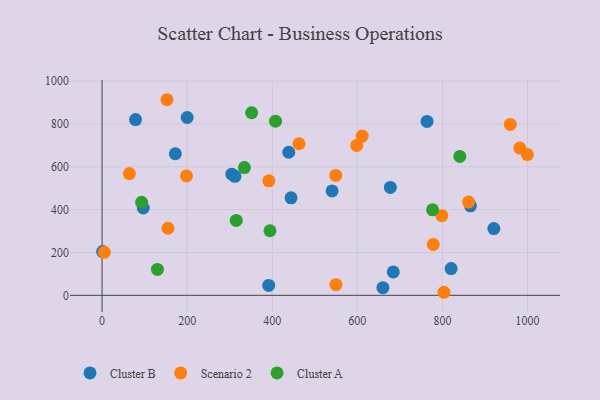
{"axis": {"x": "Distance", "y": "Yield"}, "legend": ["Cluster A", "Cluster B", "Scenario 2"], "data": [{"x": "684.5", "y": 109.2, "type": "Cluster B"}, {"x": "312.4", "y": 555.4, "type": "Cluster B"}, {"x": "96.8", "y": 407.6, "type": "Cluster B"}, {"x": "920.9", "y": 311.7, "type": "Cluster B"}, {"x": "172.2", "y": 660.8, "type": "Cluster B"}, {"x": "200.0", "y": 830.1, "type": "Cluster B"}, {"x": "444.2", "y": 455.3, "type": "Cluster B"}, {"x": "677.6", "y": 503.5, "type": "Cluster B"}, {"x": "438.8", "y": 667.9, "type": "Cluster B"}, {"x": "540.7", "y": 487.4, "type": "Cluster B"}, {"x": "1.3", "y": 204.3, "type": "Cluster B"}, {"x": "305.0", "y": 565.5, "type": "Cluster B"}, {"x": "865.9", "y": 417.8, "type": "Cluster B"}, {"x": "78.7", "y": 820.5, "type": "Cluster B"}, {"x": "391.7", "y": 46.1, "type": "Cluster B"}, {"x": "660.1", "y": 35.6, "type": "Cluster B"}, {"x": "820.4", "y": 124.8, "type": "Cluster B"}, {"x": "763.9", "y": 811.6, "type": "Cluster B"}, {"x": "154.8", "y": 313.1, "type": "Scenario 2"}, {"x": "611.4", "y": 743.4, "type": "Scenario 2"}, {"x": "198.5", "y": 557.5, "type": "Scenario 2"}, {"x": "549.8", "y": 49.6, "type": "Scenario 2"}, {"x": "598.6", "y": 699.8, "type": "Scenario 2"}, {"x": "462.9", "y": 707.8, "type": "Scenario 2"}, {"x": "798.6", "y": 371.9, "type": "Scenario 2"}, {"x": "778.5", "y": 237.1, "type": "Scenario 2"}, {"x": "549.2", "y": 559.8, "type": "Scenario 2"}, {"x": "5.3", "y": 200.9, "type": "Scenario 2"}, {"x": "392.0", "y": 534.4, "type": "Scenario 2"}, {"x": "64.2", "y": 568.5, "type": "Scenario 2"}, {"x": "981.9", "y": 687.3, "type": "Scenario 2"}, {"x": "959.5", "y": 797.6, "type": "Scenario 2"}, {"x": "999.7", "y": 656.8, "type": "Scenario 2"}, {"x": "803.6", "y": 14.2, "type": "Scenario 2"}, {"x": "152.6", "y": 913.0, "type": "Scenario 2"}, {"x": "861.5", "y": 435.1, "type": "Scenario 2"}, {"x": "407.7", "y": 812.8, "type": "Cluster A"}, {"x": "92.9", "y": 434.5, "type": "Cluster A"}, {"x": "351.6", "y": 852.1, "type": "Cluster A"}, {"x": "776.9", "y": 398.9, "type": "Cluster A"}, {"x": "315.3", "y": 349.8, "type": "Cluster A"}, {"x": "334.5", "y": 596.4, "type": "Cluster A"}, {"x": "840.9", "y": 648.3, "type": "Cluster A"}, {"x": "394.6", "y": 301.4, "type": "Cluster A"}, {"x": "130.1", "y": 120.9, "type": "Cluster A"}]}